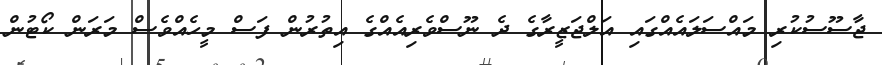
ޖާސޫސުކުރި މައްސަލައެއްގައި އަލްޖަޒީރާގެ ދެ ނޫސްވެރިއެއްގެ އިތުރުން ފަސް މީހެއްވެސް މަރަން ކޯޓުން